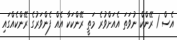
އެސް 1 ރޭންކް ނުވަތަ އެއަށްވުރެ މަތީ ރޭންކަކާ އެއް ފެންވަރުގެ ރޭންކެއްގައި